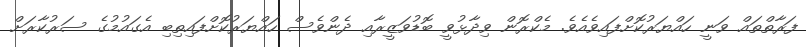
ފަރާތްތައް ވަނީ ހައްޔަރުކޮށްފައިވެއެވެ. މެކްރޮން ވިދާޅުވީ ބޮޑުވަޒީރާއި ދެންވެސް ހައްޔަރުކޮށްފައިތިބި އެގައުމުގެ ސަރުކާރަށް